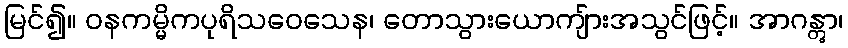
မြင်၍။ ဝနကမ္မိကပုရိသဝေသေန၊ တောသွားယောကျ်ားအသွင်ဖြင့်။ အာဂန္တွာ၊